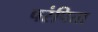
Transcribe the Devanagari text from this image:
परंपिता